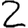
Digit: 2